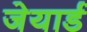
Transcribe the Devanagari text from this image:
जेयार्ड